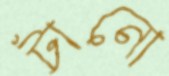
টানো